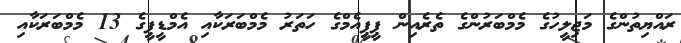
ރައްޔިތުންގެ މަޖިލީހުގެ މެމްބަރުންގެ ތެރެއިން ޕީޕީއެމްގެ ހަތަރު މެމްބަރަކާއި އެމްޑީޕީގެ 13 މެމްބަރަކާއި